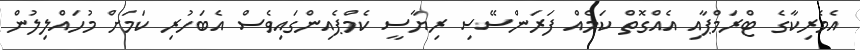
އެމެރިކާގެ ޓްރަމްޕާއި އެއްގޮތް ކަމެއް ފަރަންސޭސި ރިޔާސީ ކެމްޕެއިންގައިވެސް އެބަހުރި ކަމަށް މުހައްލިލުން